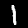
Label: 1